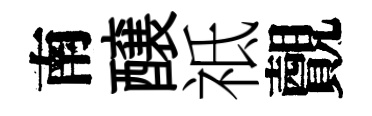
南醸祗覿